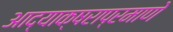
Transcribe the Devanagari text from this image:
आद्याक्षराप्रमाणे